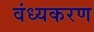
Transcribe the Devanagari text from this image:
वंध्यकरण